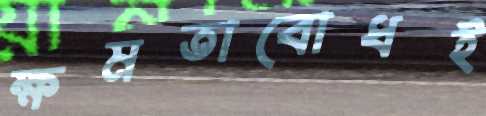
ক্ষমতাবোধই